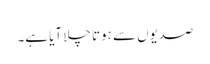
صدیوں سے ہوتا چلا آیا ہے۔